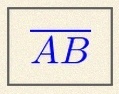
\overline{AB}